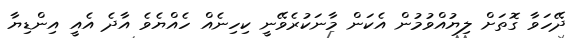
ދޭހަވާ ގޮތަށް ލިޔުއްވުމުން އެކަން މާނަކުރެވޭނީ ކިހިނެއް ހެއްޔެވެ އާދެ އެއީ އިންޑިޔާ